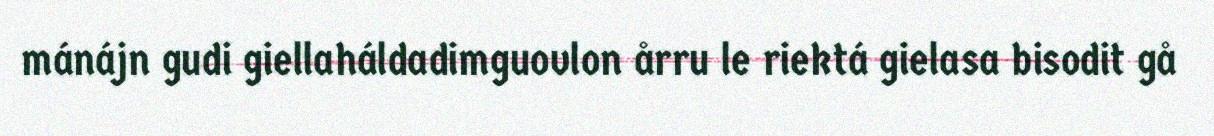
mánájn gudi giellaháldadimguovlon årru le riektá gielasa bisodit gå